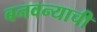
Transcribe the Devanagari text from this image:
बनवन्याची